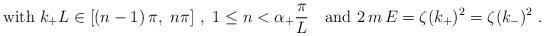
LaTeX: \begin{align*}{\rm with}\ k_+L\in [(n-1)\,\pi,\ n\pi]\ ,\ 1\leq n< \alpha_+\frac\pi L\quad{\rm and}\ 2\,m\,E=\zeta(k_+)^2=\zeta(k_-)^2\ .\end{align*}